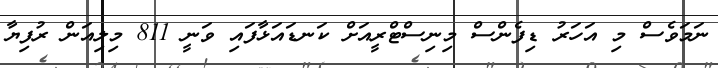
ނަމަވެސް މި އަހަރު ޑިފެންސް މިނިސްޓްރީއަށް ކަނޑައަޅާފައި ވަނީ 811 މިލިއަން ރުފިޔާ